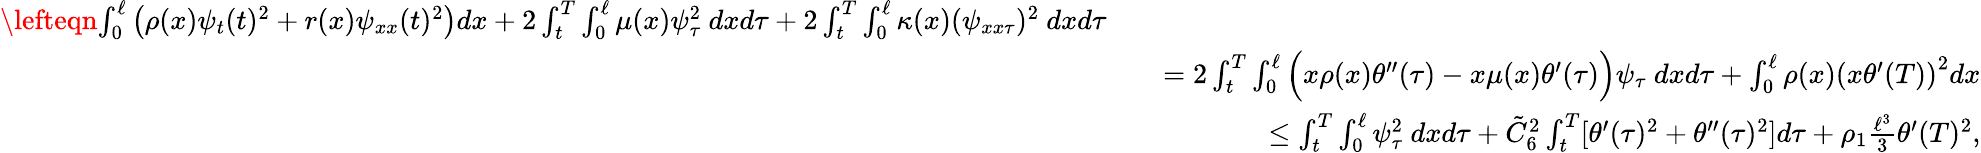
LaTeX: \begin{array}{rlr}{\lefteqn{\int_{0}^{\ell}\left(\rho(x)\psi_{t}(t)^{2}+r(x)\psi_{xx}(t)^{2}\right)dx+2\int_{t}^{T}\int_{0}^{\ell}\mu(x)\psi_{\tau}^{2}\ dxd\tau+2\int_{t}^{T}\int_{0}^{\ell}\kappa(x)(\psi_{xx\tau})^{2}\ dxd\tau}}\\ &{}&{=2\int_{t}^{T}\int_{0}^{\ell}\Big(x\rho(x)\theta^{\prime\prime}(\tau)-x\mu(x)\theta^{\prime}(\tau)\Big)\psi_{\tau}\ dxd\tau+\int_{0}^{\ell}\rho(x)\left(x\theta^{\prime}(T)\right)^{2}dx}\\ &{}&{\leq\int_{t}^{T}\int_{0}^{\ell}\psi_{\tau}^{2}\ dxd\tau+\tilde{C}_{6}^{2}\int_{t}^{T}[\theta^{\prime}(\tau)^{2}+\theta^{\prime\prime}(\tau)^{2}]d\tau+\rho_{1}\frac{\ell^{3}}{3}\theta^{\prime}(T)^{2},}\end{array}